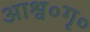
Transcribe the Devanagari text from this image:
आश्व०गृ०